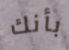
بأنك